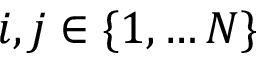
i , j \in \lbrace 1 , \ldots N \rbrace